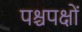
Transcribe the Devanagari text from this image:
पश्चपक्षों